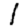
Digit: 1